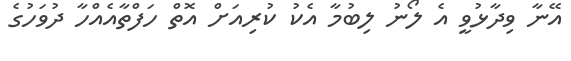
އޭނާ ވިދާޅުވީ އެ ލޯނު ލިބުމާ އެކު ކުރިއަށް އޮތް ހަފްތާއެއްހާ ދުވަހުގެ